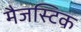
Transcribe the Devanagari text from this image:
मैजस्टिक